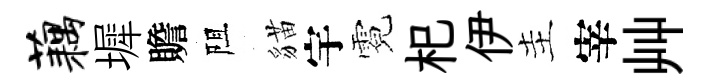
藕墀贍阻貓宇霓𣏌伊主宰艸